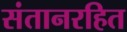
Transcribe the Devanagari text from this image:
संतानरहित